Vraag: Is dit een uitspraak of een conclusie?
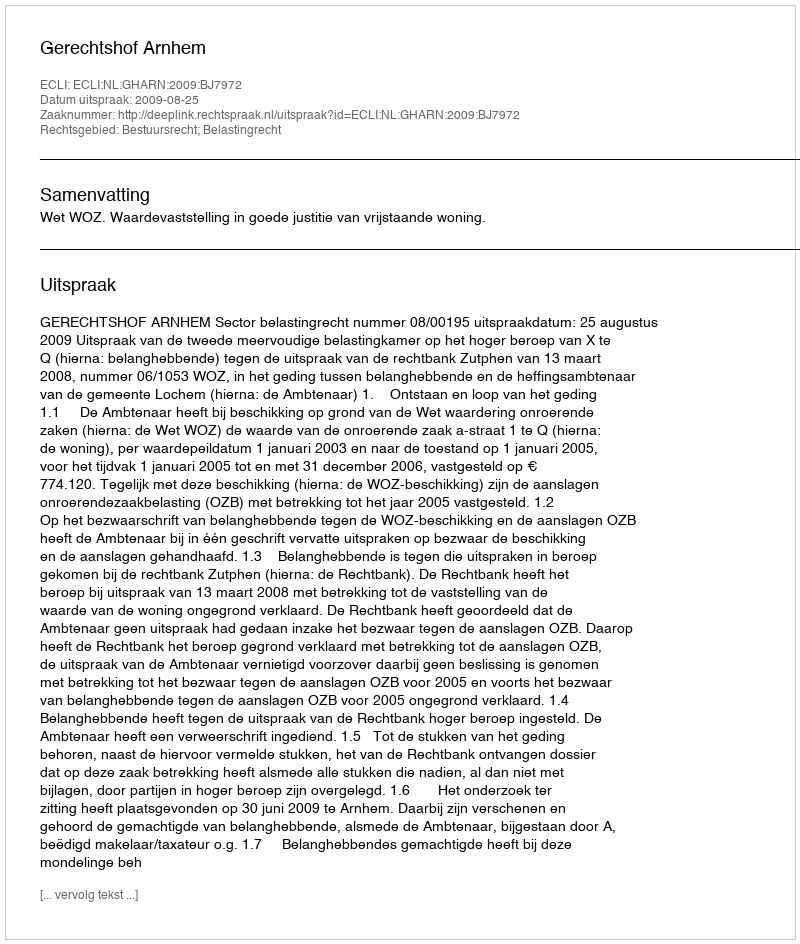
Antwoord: Uitspraak